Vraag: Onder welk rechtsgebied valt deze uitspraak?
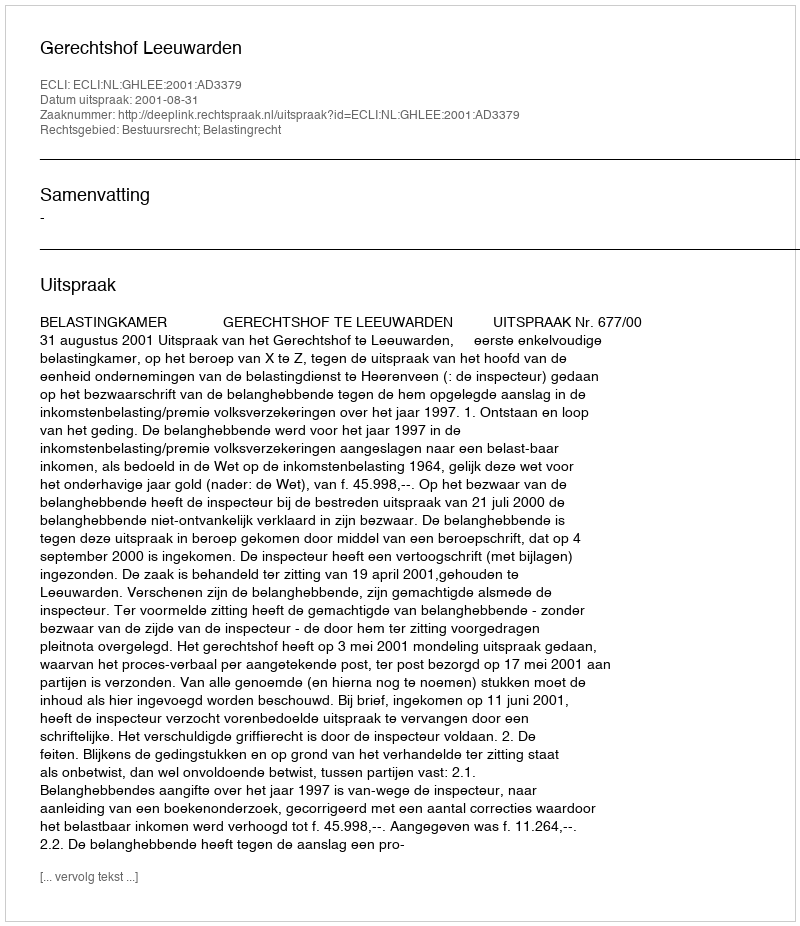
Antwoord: Bestuursrecht; Belastingrecht